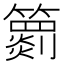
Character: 𥶖